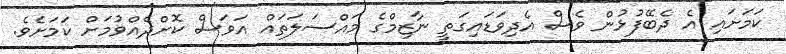
ކަމަށައި އެ ދެބޭފުޅުން ވެސް އެދިވަޑައިގަތީ ނާޒިމްގެ މައްސަލަތައް އަވަސް ކޮށްދެއްވުމަށް ކަމަށެވެ.